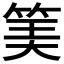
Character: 𥮅